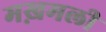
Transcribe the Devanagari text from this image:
मख़मली